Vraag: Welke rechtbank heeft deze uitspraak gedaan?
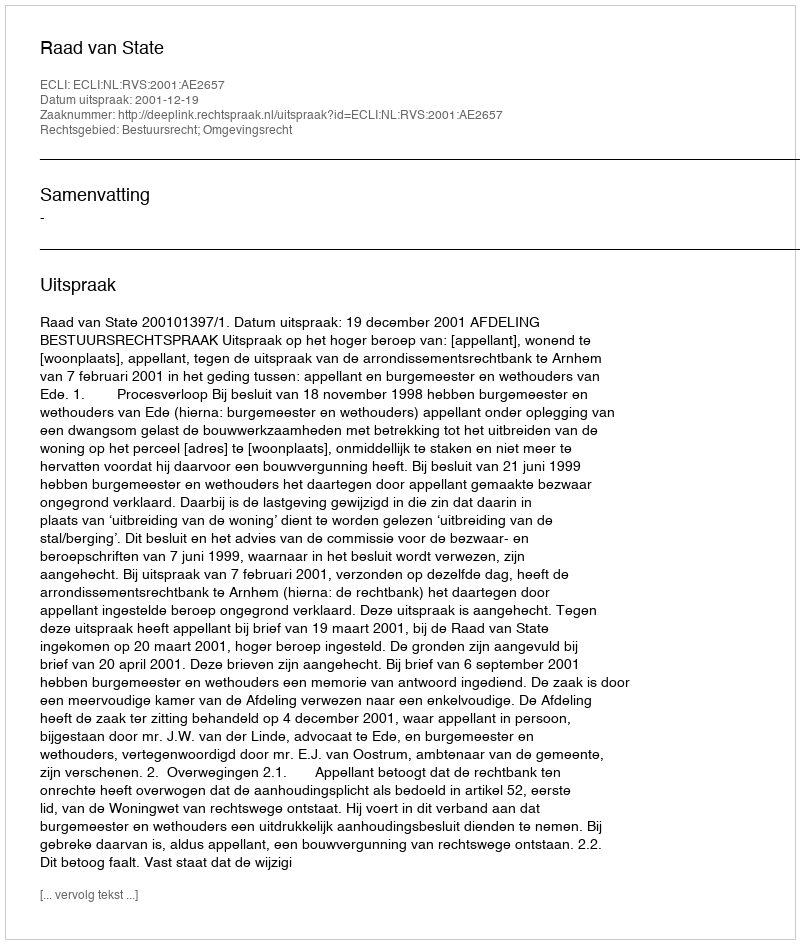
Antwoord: Raad van State